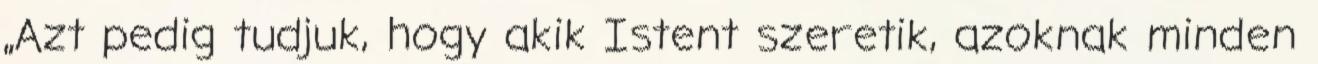
„Azt pedig tudjuk, hogy akik Istent szeretik, azoknak minden